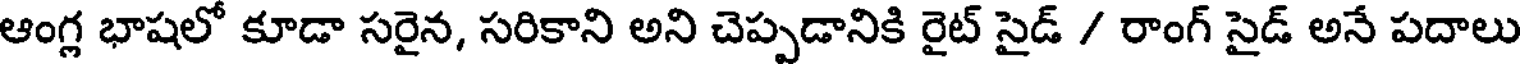
ఆంగ్ల భాషలో కూడా సరైన, సరికాని అని చెప్పడానికి రైట్ సైడ్ / రాంగ్ సైడ్ అనే పదాలు